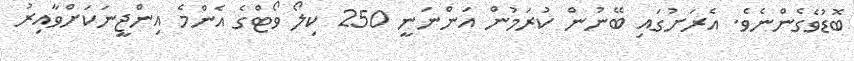
ބޮޑުވެގެންނެވެ. އެރަށުގައި ބޭނުން ކުރަމުން އަންނަނީ 250 ކިލޯ ވޯޓްގެ އެންމެ އިންޖީނަކަށްވާއިރު